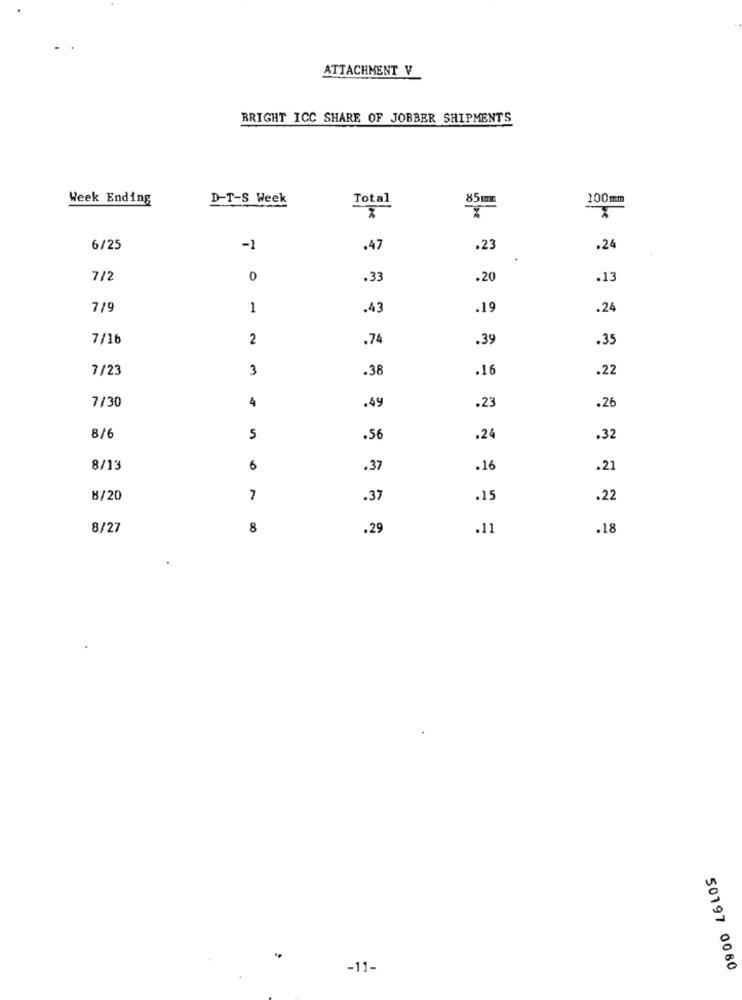
ATTACHMENT V
BRIGHT ICC SHARE OF JOBBER SHIPMENTS
Week Ending
D-T-S Week
Total
85mL
100mm
TO
6/25
-1
.47
.23
.24
7/2
0
.33
.20
.13
7/9
1
.43
.19
.24
7/16
2
.74
.39
.35
7/23
3
.38
.16
.22
7/30
4
.49
.23
.26
8/6
5
.56
.24
.32
8/13
6
.37
.16
.21
8/20
7
.37
.15
.22
8/27
8
.29
.11
.18
-11-
50197 0080